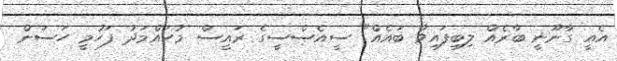
އެއީ ގާނޫނީ ބާރެއް ލިބިފައިވާ ބައެއް" ސީއެސްސީގެ ރައީސް މުހައްމަދު ފަހުމީ ހަސަން